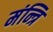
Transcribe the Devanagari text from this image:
मंन्त्रि